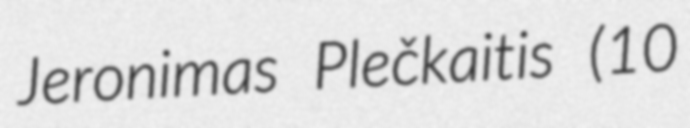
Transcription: Jeronimas Plečkaitis (10